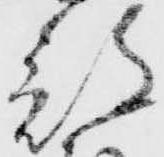
部